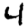
Digit: 4